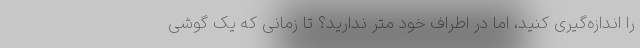
را اندازه‌گیری کنید، اما در اطراف خود متر ندارید؟ تا زمانی که یک گوشی